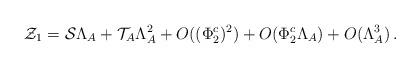
LaTeX: \begin{align*}\mathcal{Z}_1=\mathcal{S}\Lambda_A+\mathcal{T}_A\Lambda_A^2+O((\Phi_2^c)^2)+O(\Phi_2^c\Lambda_A)+ O(\Lambda_A^3)\,. \end{align*}